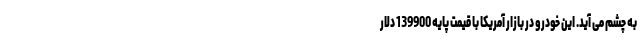
به چشم می آید. این خودرو در بازار آمریکا با قیمت پایه 139900 دلار